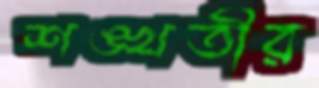
শঙ্খতীর